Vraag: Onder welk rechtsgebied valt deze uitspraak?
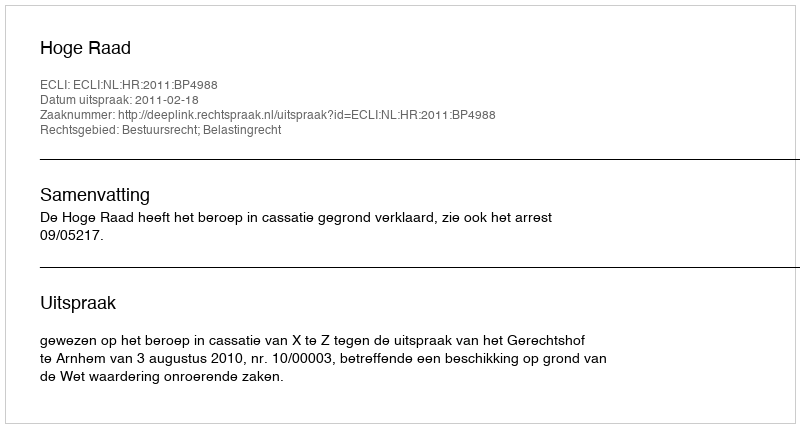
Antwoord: Bestuursrecht; Belastingrecht